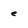
Character: e